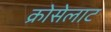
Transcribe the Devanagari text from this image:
क्रोसेलाट